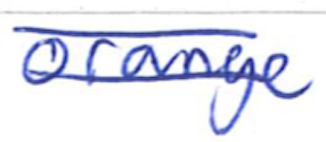
Text: orange
Cross-out: double-line
Writing tool: ballpoint